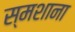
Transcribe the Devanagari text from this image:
स्मशाना